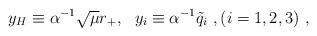
LaTeX: \begin{align*}y_H\equiv \alpha^{-1}\sqrt{\mu}r_+, \ \ y_i \equiv \alpha^{-1}{{\tilde q}_i} \ , (i=1,2,3)\ , \end{align*}